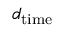
d _ { \mathrm { t i m e } }